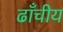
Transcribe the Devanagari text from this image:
ढाँचीय